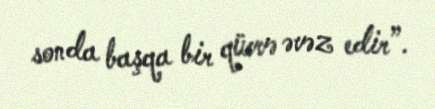
sonda başqa bir qüvvə əvəz edir”.